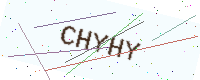
Text: CHYHY